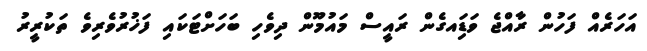
އަހަރެއް ފަހުން ރާއްޖެ ވަޑަިއގެން ރައީސް މައުމޫން ދިވެހި ބަހަށްޓަކައި ފަޚުރުވެރިވެ ތަކުރީރު